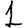
Digit: 1